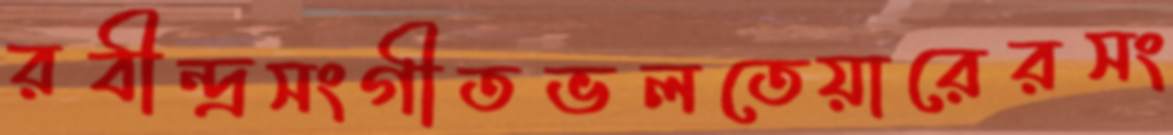
রবীন্দ্রসংগীতভলতেয়ারেরসং